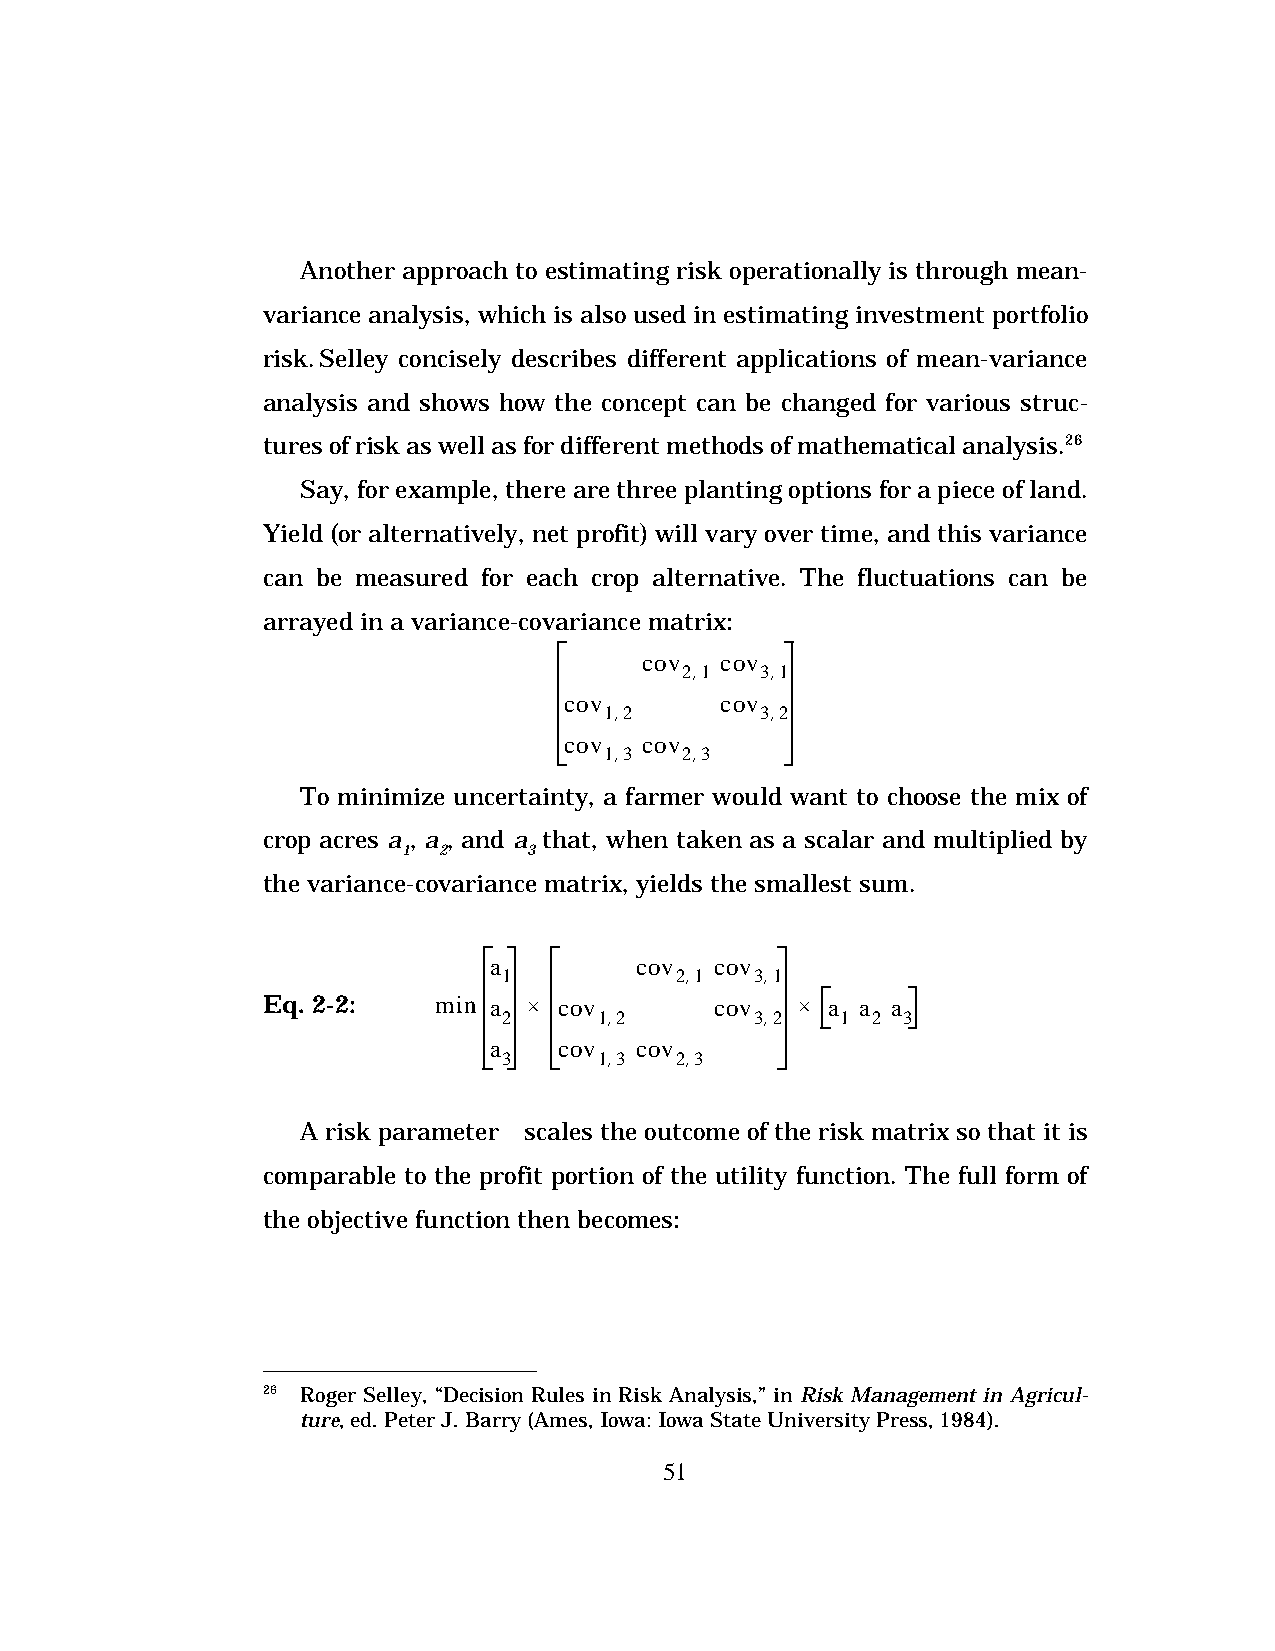
Another approach to estimating risk operationally is through mean-
 variance analysis, which is also used in estimating investment portfolio
 risk. Selley concisely describes different applications of mean-variance
 analysis and shows how the concept can be changed for various struc-
 tures of risk as well as for different methods of mathematical analysis.26
 Say, for example, there are three planting options for a piece of land.
 Yield (or alternatively, net profit) will vary over time, and this variance
 can be measured for each crop alternative. The fluctuations can be
 arrayed in a variance-covariance matrix:
 s   cov  cov
 2,1  3,1
 cov    s   cov
 1,2       3,2
 cov   cov   s
 1,3  2,3
 To minimize uncertainty, a farmer would want to choose the mix of
 crop acres a , a , and a that, when taken as a scalar and multiplied by
 1 2     3
 the variance-covariance matrix, yields the smallest sum.
 a      s  cov  cov
 1           2,1  3,1
 Eq. 2-2:    min a · cov    s  cov   · a a a
 2      1,2       3,2   1 2 3
 a    cov  cov    s
 3      1,3  2,3
 A risk parameter l scales the outcome of the risk matrix so that it is
 comparable to the profit portion of the utility function. The full form of
 the objective function then becomes:
 26 Roger Selley, “Decision Rules in Risk Analysis,” in Risk Management in Agricul-
 ture, ed. Peter J. Barry (Ames, Iowa: Iowa State University Press, 1984).
 51